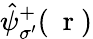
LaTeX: \hat{\psi}_{\sigma^{\prime}}^{+}(\mathrm{~\mathbf~r~})